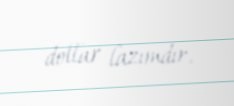
dollar lazımdır.